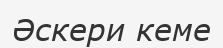
Әскери кеме